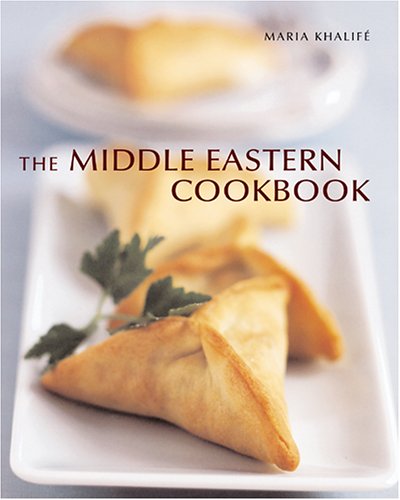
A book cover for The Middle Eastern Cookbook; Maria Khalife; Cookbooks, Food & Wine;